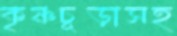
কৃষ্ণচূড়াসহ